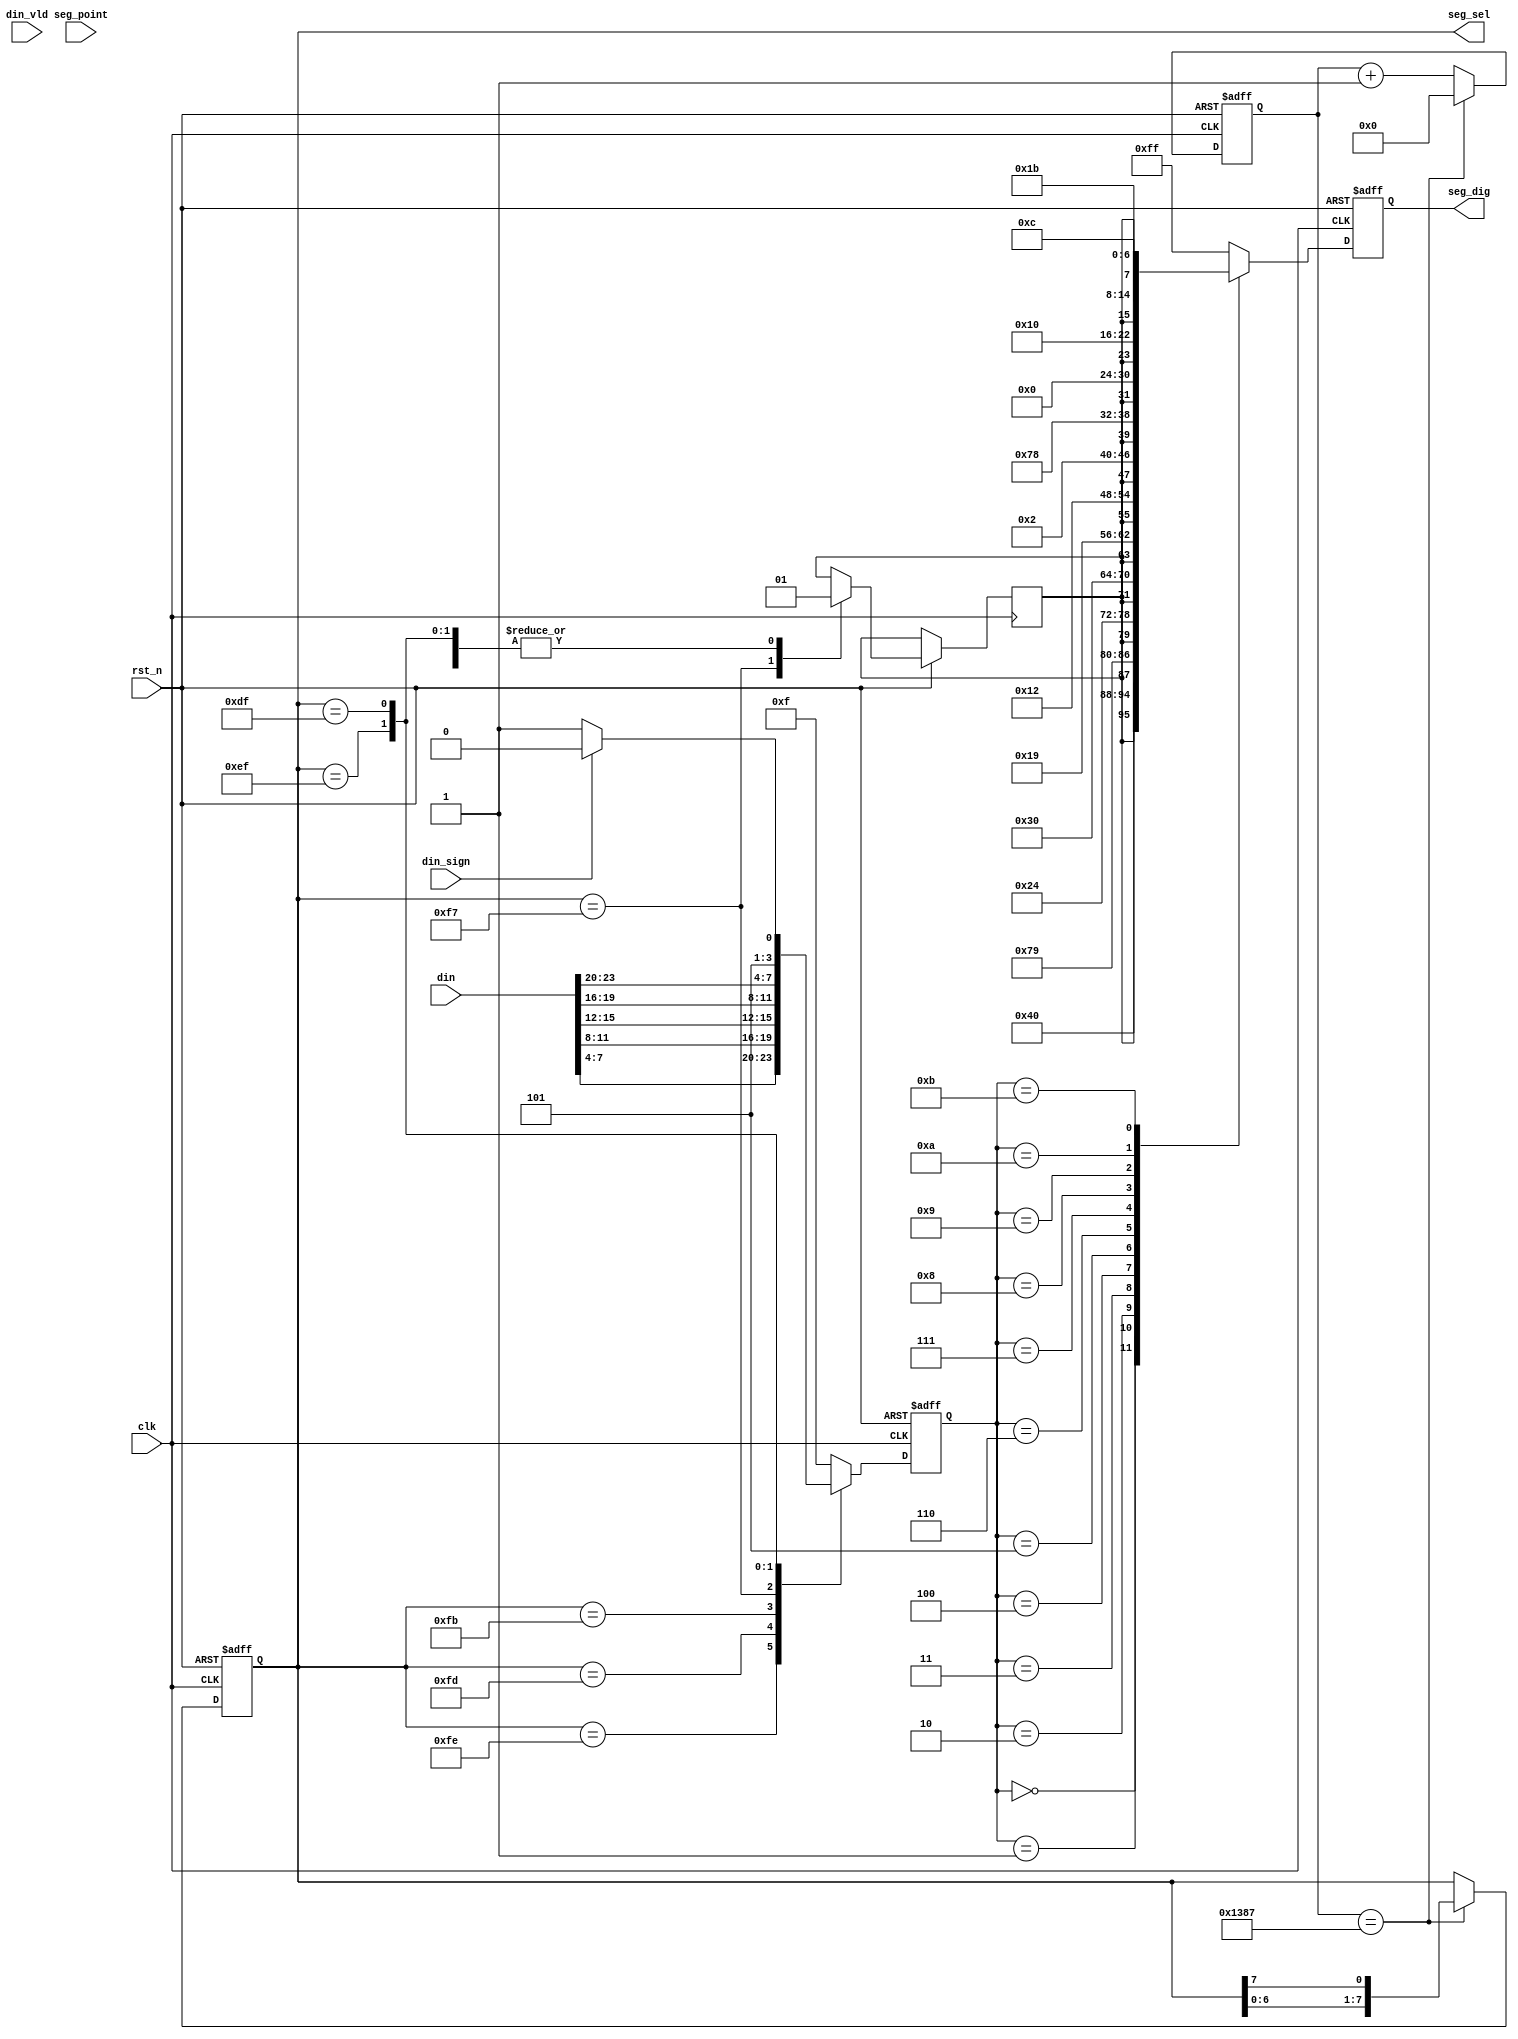
module seg_driver (
input           	clk     ,
input           	rst_n   ,
input           	din_sign,
input   [31:0]  	din     ,
input           	din_vld ,
input      [7:0]  seg_point,//
output reg [7:0]  seg_sel,//8
output reg [7:0]  seg_dig //
);
    
parameter TIME_SCAN = 5_000;// 1ms

localparam  NONE= 7'b111_1111,
			ZER = 7'b100_0000,
            ONE = 7'b111_1001,
            TWO = 7'b010_0100,
            THR = 7'b011_0000,
            FOU = 7'b001_1001,
            FIV = 7'b001_0010,
            SIX = 7'b000_0010,
            SEV = 7'b111_1000,
            EIG = 7'b000_0000,
            NIN = 7'b001_0000,
				 P   = 7'b000_1100,//+
            N   = 7'b001_1011;//-
                

reg     [12:0]  cnt_scan    ;//
wire            add_cnt_scan;
wire            end_cnt_scan;

reg     [3:0]   disp_num    ;
reg             dot         ;


//1ms
always @(posedge clk or negedge rst_n)begin 
    if(!rst_n)begin
        cnt_scan <= 0;
    end 
    else if(add_cnt_scan)begin 
            if(end_cnt_scan)begin 
                cnt_scan <= 0;
            end
            else begin 
                cnt_scan <= cnt_scan + 1;
            end 
    end
end 
assign add_cnt_scan = 1'b1;
assign end_cnt_scan = add_cnt_scan && cnt_scan == TIME_SCAN-1;

//
always @(posedge clk or negedge rst_n)begin 
    if(!rst_n)begin
        seg_sel <= 8'b11111110;
    end 
    else if(end_cnt_scan)begin 
        seg_sel <= {seg_sel[6:0],seg_sel[7]};
    end 
end

//disp_num
always @(posedge clk or negedge rst_n)begin 
    if(!rst_n)begin
        disp_num <= 0;
    end 
    else begin 
        case (seg_sel)
            8'b11111110:begin disp_num <= din[7:4]  ;dot = 1'b1;end 
            8'b11111101:begin disp_num <= din[11:8] ;dot = 1'b1;end 
            8'b11111011:begin disp_num <= din[15:12];dot = 1'b1;end 
            8'b11110111:begin disp_num <= din[19:16];dot = 1'b0;end 
            8'b11101111:begin disp_num <= din[23:20];dot = 1'b1;end 
            8'b11011111:begin disp_num <= din_sign?4'hA:4'hB;dot = 1'b1;end
            default  	:begin disp_num <= 4'hF;end 
        endcase
    end 
end

    //seg_dig
always @(posedge clk or negedge rst_n)begin 
    if(!rst_n)begin
        seg_dig <= 8'hff;
    end 
    else begin 
        case (disp_num)
            4'h0:seg_dig <= {dot,ZER};
            4'h1:seg_dig <= {dot,ONE};
            4'h2:seg_dig <= {dot,TWO};
            4'h3:seg_dig <= {dot,THR};
            4'h4:seg_dig <= {dot,FOU};
            4'h5:seg_dig <= {dot,FIV};
            4'h6:seg_dig <= {dot,SIX};
            4'h7:seg_dig <= {dot,SEV};
            4'h8:seg_dig <= {dot,EIG};
            4'h9:seg_dig <= {dot,NIN}; 
            4'hA:seg_dig <= {dot,N};
            4'hB:seg_dig <= {dot,P};
            default:seg_dig <= 8'hff;
        endcase
    end 
end

endmodule